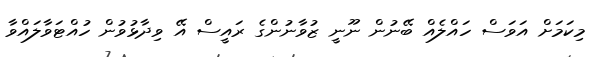
މިކަމަށް އަވަސް ހައްލެއް ބޭނުން ނޫނީ ޒުވާނުންގެ ރައީސް އޭ ވިދާޅުވުން ހުއްޓަވާލައްވާ